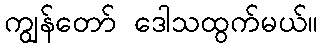
ကျွန်တော် ဒေါသထွက်မယ်။